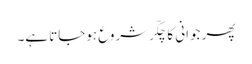
پھر جوانی کا چکّر شروع ہوجاتا ہے۔